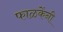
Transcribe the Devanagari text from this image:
फाळकेंनी